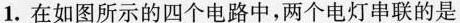
1.在如图所示的四个电路中，两个电灯串联的是 ()